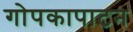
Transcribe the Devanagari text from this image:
गोपकापाटन